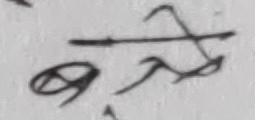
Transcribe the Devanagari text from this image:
बच्चे